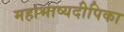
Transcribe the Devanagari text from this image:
महाभाष्यदीपिका